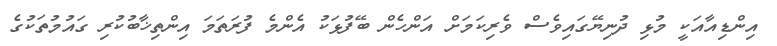
އިންޑިއާއަކީ މުޅި ދުނިޔޭގައިވެސް ވެރިކަމަށް އަންހެން ބޭފުޅަކު އެންމެ ފުރަތަމަ އިންތިޚާބުކުރި ގައުމުތަކުގެ